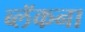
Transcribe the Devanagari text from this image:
ब्लॅकना